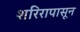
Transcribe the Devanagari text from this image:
शरिरापासून